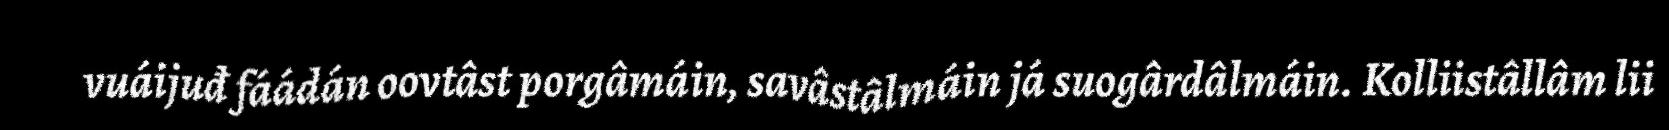
vuáijuđ fáádán oovtâst porgâmáin, savâstâlmáin já suogârdâlmáin. Kolliistâllâm lii